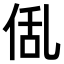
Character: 𠉗